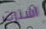
اشترت